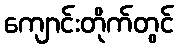
ကျောင်းတိုက်တွင်